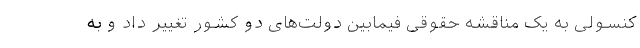
کنسولی به یک مناقشه حقوقی فیمابین دولت‌های دو کشور تغییر داد و به